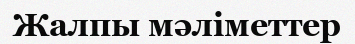
Жалпы мәліметтер